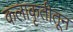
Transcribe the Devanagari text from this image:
कलाकृतीतून